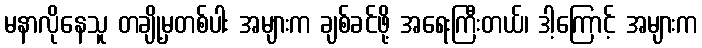
မနာလိုနေသူ တချို့မှတစ်ပါး အများက ချစ်ခင်ဖို့ အရေးကြီးတယ်၊ ဒါ့ကြောင့် အများက